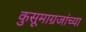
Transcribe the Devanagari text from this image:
कुसूमाग्रजांच्‍या